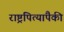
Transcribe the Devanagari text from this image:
राष्ट्रपित्यांपैकी